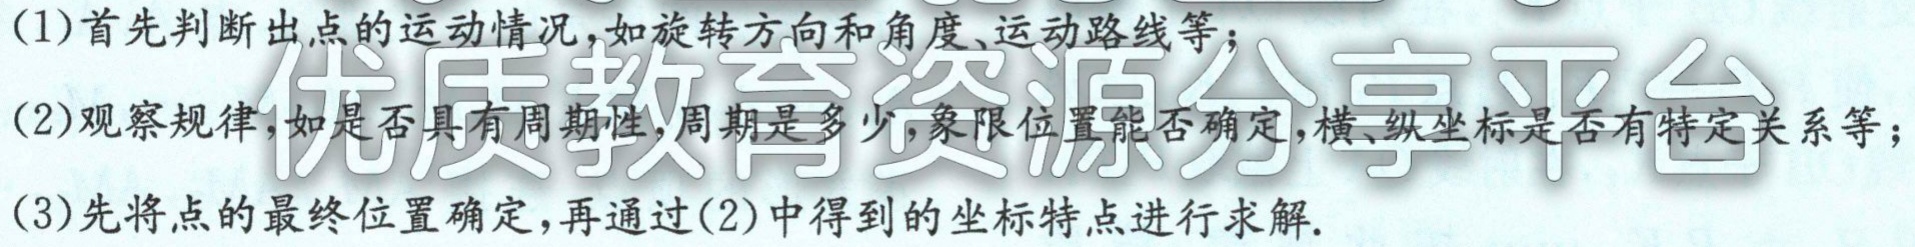
(1)首先判断出点的运动情况，如旋转方向和角度、运动路线等；
(2)观察规律，如是否具有周期性，周期是多少，象限位置能否确定，横、纵坐标是否有特定关系等；
(3)先将点的最终位置确定，再通过(2)中得到的坐标特点进行求解.